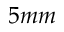
5 m m